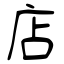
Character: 店